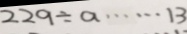
2 2 9 \div a \cdots 1 3